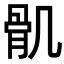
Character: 𩨒